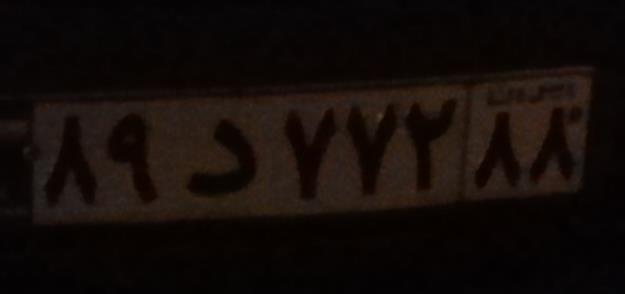
۸۹د۷۷۲۸۸